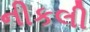
નીકલી